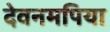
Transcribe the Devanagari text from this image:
देवनमपिया